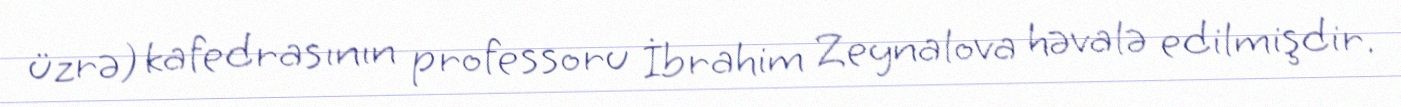
üzrə) kafedrasının professoru İbrahim Zeynalova həvalə edilmişdir.